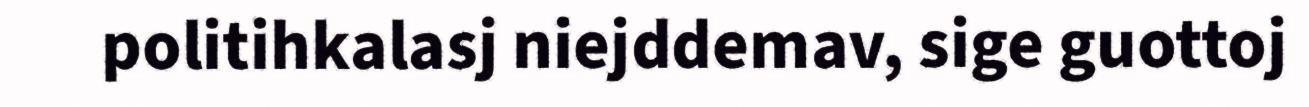
politihkalasj niejddemav, sige guottoj